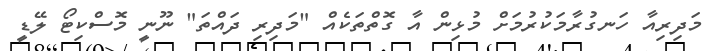
މަދިރިއާ ހަނގުރާމަކުރުމަށް މުޅިން އާ ގޮތްތަކެއް "މަދިރި ދައްތަ" ނޫނީ މޮސްކިޓޯ ލޭޑީ